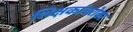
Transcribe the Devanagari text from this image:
शिक्षकांबरोबर